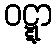
ဝဋ္ဋာ